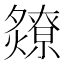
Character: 𬋘